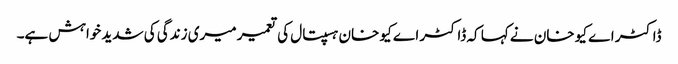
ڈاکٹر اے کیو خان نے کہا کہ ڈاکٹر اے کیو خان ہسپتال کی تعمیر میری زندگی کی شدید خواہش ہے۔